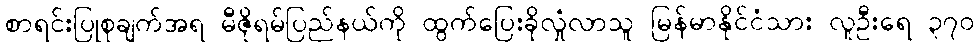
စာရင်းပြုစုချက်အရ မီဇိုရမ်ပြည်နယ်ကို ထွက်ပြေးခိုလှုံလာသူ မြန်မာနိုင်ငံသား လူဦးရေ ၃၇၀